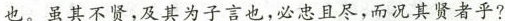
也。虽其不贤，及其为子言也，必忠且尽，而况其贤者乎?